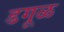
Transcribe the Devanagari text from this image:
डगूळ